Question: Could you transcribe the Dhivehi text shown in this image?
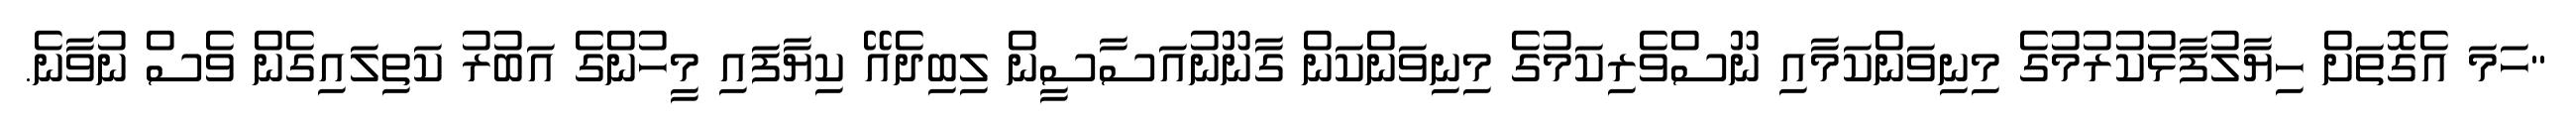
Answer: "ހަމަ އެގޮތަށް ހިޔާލުފާޅުކުރުމުގެ މިނިވަންކަމާއި ނޫސްވެރިކަމުގެ މިނިވަންކަން ގާނޫނުއަސާސީން ލިބިދެއޭ ކިޔާފައި މީހުންގެ އަބުރު ކަތިލައިގެން ވެސް ނުވާނެ.